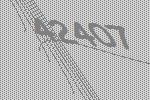
42407